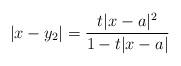
LaTeX: \begin{align*} |x-y_2| = \frac{t|x-a|^2}{1-t |x-a|}\end{align*}